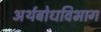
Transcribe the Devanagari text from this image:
अर्थबोधविभाग